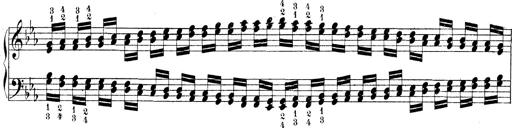
Title: Technische Studien
Composer: Franz Liszt